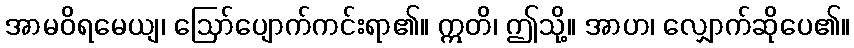
အာမဝိရမေယျ၊ ဩော်ပျောက်ကင်းရာ၏။ ဣတိ၊ ဤသို့။ အာဟ၊ လျှောက်ဆိုပေ၏။